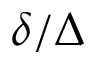
\delta / \Delta